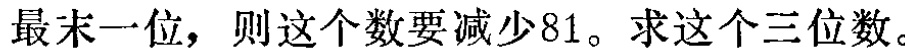
一个三位数，把它的个位数字移到百位的左边构成一个新的三位数，已知原三位数与新三位数的差是\(81\)，求原来的三位数。